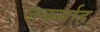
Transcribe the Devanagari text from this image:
जकर्याह